Report on malaria in the Punjab during the year ...  together with an account of the work of the Punjab Malaria Bureau - Volume 4
Disease focus: Malaria
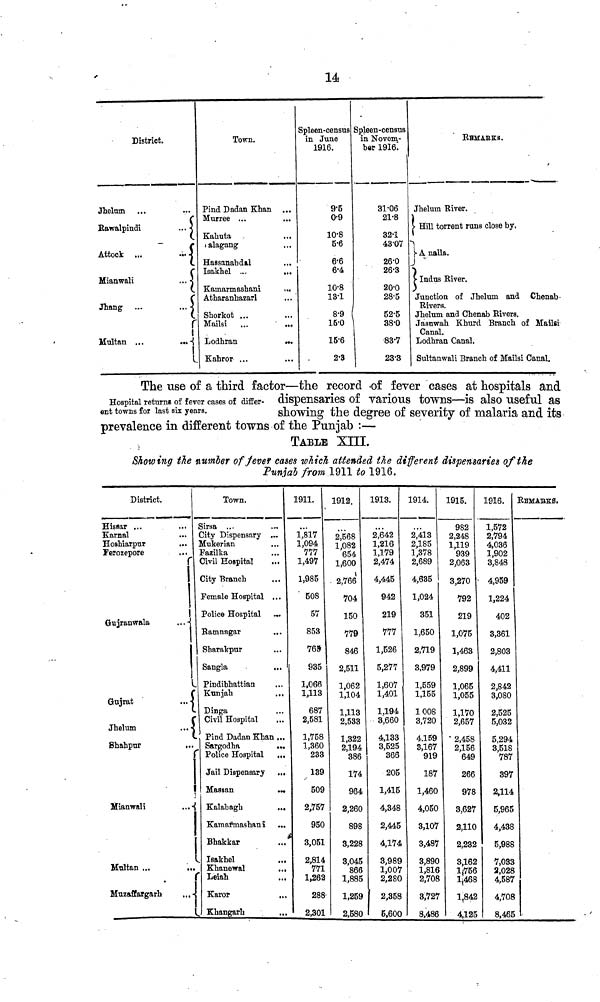
l4
District.
Jhelum ...
•••
r
Rawalpindi
...
Attock ...
...
X
Mianwali
...
r
Jhang ...
...
Multan ...
...
!
Town.
Pind Dadan Khan
Murree ...
...
Kahuta
alagang
Hassanabdal ...
Isakhel ...
...
Kainarmashani
...
Atharanhazarl ...
Shorkot ...
Mailsi ...
...
Lodhran
...
Kahror ... ...
Spleen-census
in June
1916.
9.5
0.9
10.8
5.6
6.6
6.4
10.8
13.1
8.9
15.0
15.6
2.3
Spleen-census
in Novem-
ber 1916
31.06
21.8
32.1
43.07
26.0
26.3
20.0
28.5
52.5
38.0
83.7
23.3
REMARKS.
Jhelum River.
1
Hill torrent runa close by.
A nalla.
Indus River.
Junction of Jhelum and Chenab
Rivers.
Jhelum and Chenab Rivers.
Jasuwah Khurd Branch of Mailsi
Canal.
Lodhran Canal.
Sultanwali Branch of Mailsi Canal.
Hospital returns of fever cases of differ-
ent towns for last six years.
The use of a third factor—the record of fever cases at hospitals and
dispensaries of various towns—is also useful as
showing the degree of severity of malaria and its
prevalence in different towns of the Punjab :—
TABLE XIII.
Showing the number of fever cases which attended the different dispensaries of the
Punjab from 1911 to 1916.
District.
Hissar ... ...
Karnal ...
Hoshiarpur ...
Ferozepore ...
r
! !
Gujranwala
...
Gujrat
...
Jhelum ...
Shahpur ...
Mianwali
...
Multan ...
...
Muzzaffargarh ...
Town.
Sirsa ... ...
City Dispensary ...
Mukerian ...
Fazilka ...
Civil Hospital
City Branch
Female Hospital ...
Police Hospital
Ramnagar
...
Sharakpur ...
Sangla
...
Pindibhattian ...
Kunjah
...
Dinga ...
Civil Hospital
...
Pind Dadan Khan ...
Sargodha
...
Police Hospital ...
Jail Dispensary ...
Massan
...
Kalabagh
...
Kamarmashani ...
Bhakkar
...
Isakhel
...
Khanewal
...
Leiah ...
Karor ...
Khangarh
1911.
1,817
1,094
777
1,497
1,985
508
57
853
769
935
1,066
1,113
687
2,581
1,758
1,360
233
139
509
2,757
950
3,051
2,814
771
1,262
288
2,301
1912.
2,568
1,082
654
1,600
2,766
704
150
779
846
2,511
1,062
1,104
1,113
2,533
1,322
2,194
386
174
964
2,260
898
3,228
3,045
866
1,885
1,259
2,580
1913.
2,642
1,216
1,179
2,474
4,445
942
219
777
1,626
5,277
1,607
1,401
1,194
3,660
4,133
3,525
366
205
1,415
4,348
2,445
4,174
3,989
1,007
2,280
2,358
5,600
1914.
2,413
2,185
1,378
2,689
4,635
1,024
351
1,650
2,719
3,979
1,559
1,155
1008
3,720
4.159
3,167
919
187
1,460
4,050
3,107
3,487
3,890
1,816
2,708
3,727
8,486
1915.
982
2,248
1,119
939
2,063
3,270
792
219
1,075
1,463
2,899
1,065
1,055
1,170
2,657
2,458
2,156
649
266
978
3,627
2,110
2,232
3,162
1,756
1,468
1,842
4,125
1916.
1,572
2,794
4,036
1,902
3,848
4,959
1,224
402
3,361
2,803
4,411
2,842
3,080
2,525
5,032
5,294
3,518
787
397
2,114
5,965
4,438
5,988
7,033
2,028
4,587
4,708
8,465
REMARKS.